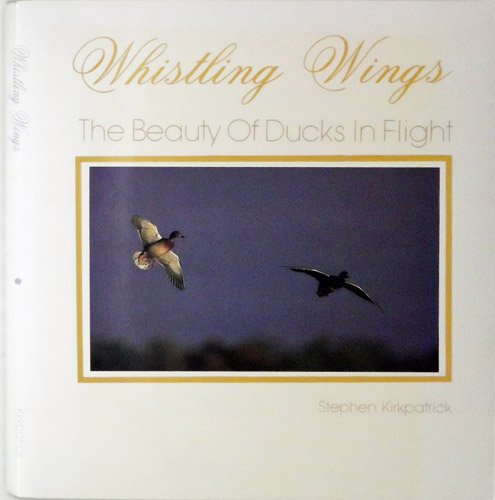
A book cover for Whistling Wings: The Beauty of Ducks in Flight; Stephen Kirkpatrick; Humor & Entertainment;